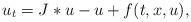
LaTeX: \begin{align*}u_{t}=J\ast u-u+f(t,x,u),\end{align*}